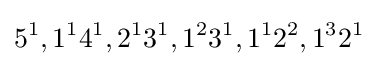
5^{1},1^{1}4^{1},2^{1}3^{1},1^{2}3^{1},1^{1}2^{2},1^{3}2^{1}